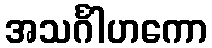
အသင်္ဂါဟကော